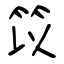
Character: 笖